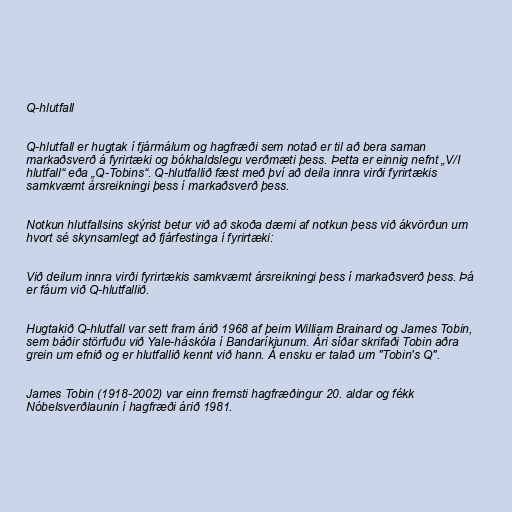
Q-hlutfall

Q-hlutfall er hugtak í fjármálum og hagfræði sem notað er til að bera saman
markaðsverð á fyrirtæki og bókhaldslegu verðmæti þess. Þetta er einnig nefnt „V/I
hlutfall“ eða „Q-Tobins“. Q-hlutfallið fæst með því að deila innra virði fyrirtækis
samkvæmt ársreikningi þess í markaðsverð þess.

Notkun hlutfallsins skýrist betur við að skoða dæmi af notkun þess við ákvörðun um
hvort sé skynsamlegt að fjárfestinga í fyrirtæki:

Við deilum innra virði fyrirtækis samkvæmt ársreikningi þess í markaðsverð þess. Þá
er fáum við Q-hlutfallið.

Hugtakið Q-hlutfall var sett fram árið 1968 af þeim William Brainard og James Tobin,
sem báðir störfuðu við Yale-háskóla í Bandaríkjunum. Ári síðar skrifaði Tobin aðra
grein um efnið og er hlutfallið kennt við hann. Á ensku er talað um "Tobin's Q".

James Tobin (1918-2002) var einn fremsti hagfræðingur 20. aldar og fékk
Nóbelsverðlaunin í hagfræði árið 1981.